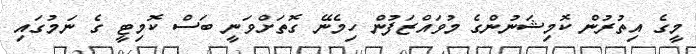
މީގެ އިތުރުން ކޮމިޝަނުންގެ މުވައްޒަފުން ހިމެނޭ ގޮތަށްވަނީ ބަސް ކޮމިޓީ ގެ ނަމުގައި